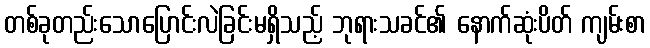
တစ်ခုတည်းသောပြောင်းလဲခြင်းမရှိသည့် ဘုရားသခင်၏ နောက်ဆုံးပိတ် ကျမ်းစာ